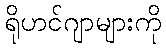
ရိုဟင်ဂျာများကို